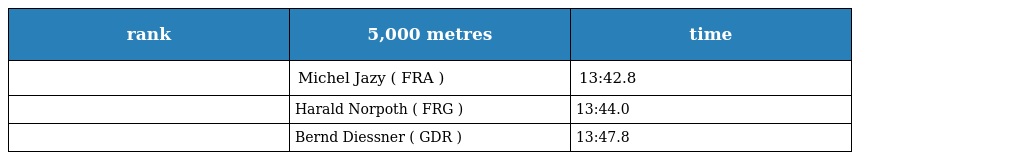
| rank | 5,000 metres | time |
 | --- | --- | --- |
 |  | Michel Jazy ( FRA ) | 13:42.8 |
 |  | Harald Norpoth ( FRG ) | 13:44.0 |
 |  | Bernd Diessner ( GDR ) | 13:47.8 |